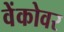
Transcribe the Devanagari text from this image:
वेंकोवर